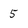
Character: 5